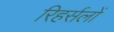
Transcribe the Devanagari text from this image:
रिहर्सलों